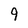
Character: 9